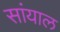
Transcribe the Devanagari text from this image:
सांयाल